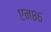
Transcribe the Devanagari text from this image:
एन८६